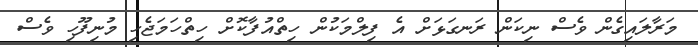
މަރާލައިގެން ވެސް ނިކަން ރަނގަޅަށް އެ ފިލްމަކުން ހިތްއުފާކޮށް ހިތްހަމަޖެހި މުނިފޫހި ވެސް